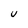
Character: U